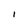
Character: I